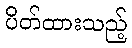
ပိတ်ထားသည့်